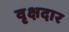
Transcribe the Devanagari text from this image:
वृक्षदार